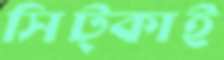
সিট্‌কাই